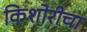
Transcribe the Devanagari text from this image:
किशोरीचा